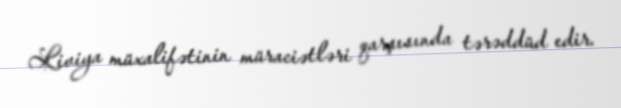
Liviya müxalifətinin müraciətləri qarşısında tərəddüd edir.